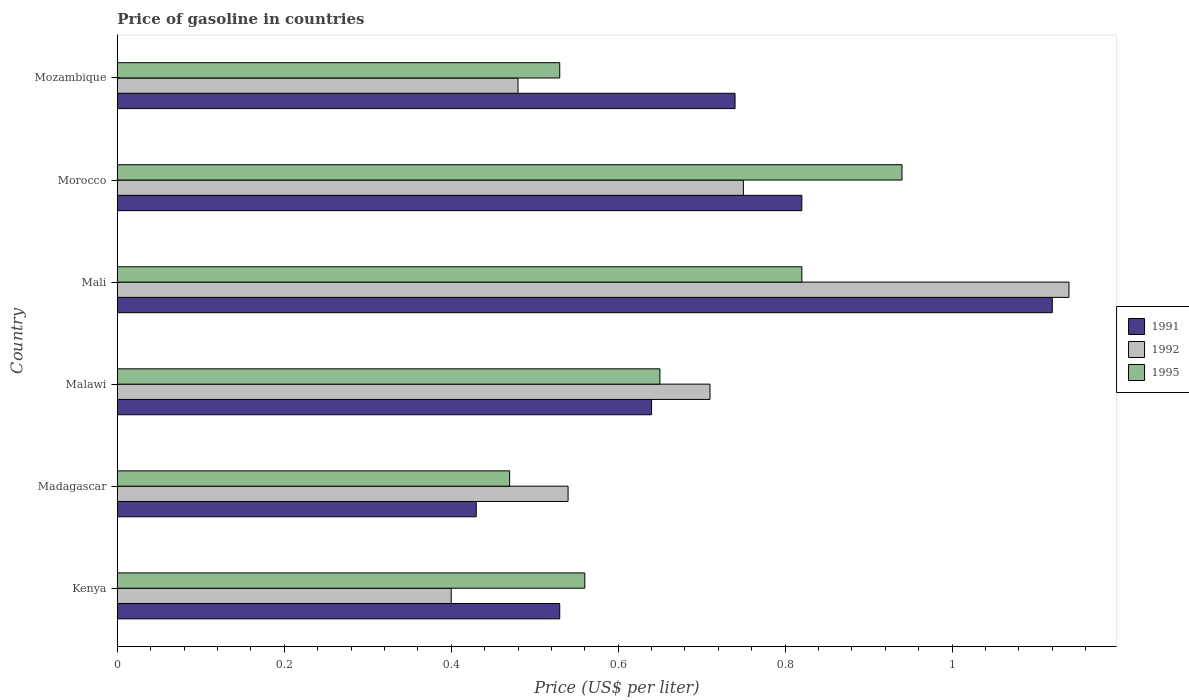
| Country | 1991 | 1992 | 1995 |
 | --- | --- | --- | --- |
 | Kenya | 0.53 | 0.4 | 0.56 |
 | Madagascar | 0.43 | 0.54 | 0.47 |
 | Malawi | 0.64 | 0.71 | 0.65 |
 | Mali | 1.12 | 1.14 | 0.82 |
 | Morocco | 0.82 | 0.75 | 0.94 |
 | Mozambique | 0.74 | 0.48 | 0.53 |